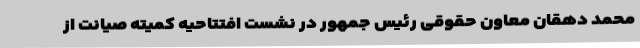
محمد دهقان معاون حقوقی رئیس جمهور در نشست افتتاحیه کمیته صیانت از